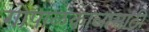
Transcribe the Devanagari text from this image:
गोपाळकालासाठी